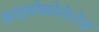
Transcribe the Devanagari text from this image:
क्राइसोकोलेप्टेस